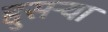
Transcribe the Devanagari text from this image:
द्दुसर्‍या